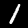
Digit: 1